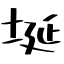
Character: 埏